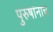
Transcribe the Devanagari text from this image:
पुरुषांनाच